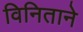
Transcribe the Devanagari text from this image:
विनिताने